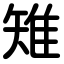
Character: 雉